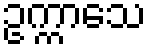
ဥက္ကာသေ